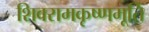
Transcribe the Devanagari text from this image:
शिवरामकृष्णमूर्ति